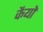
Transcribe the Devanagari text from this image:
कैयों